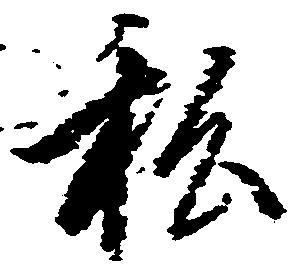
私